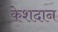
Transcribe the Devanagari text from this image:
केशदान